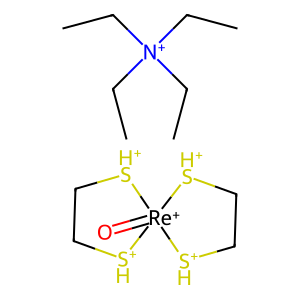
SMILES: CC[N+](CC)(CC)CC.O=[Re+]12([SH+]CC[SH+]1)[SH+]CC[SH+]2
Inhibits HIV replication: No